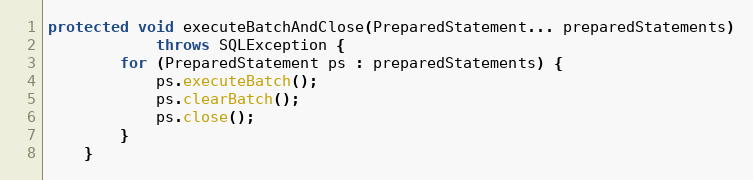
Language: Java
protected void executeBatchAndClose(PreparedStatement... preparedStatements)
            throws SQLException {
        for (PreparedStatement ps : preparedStatements) {
            ps.executeBatch();
            ps.clearBatch();
            ps.close();
        }
    }